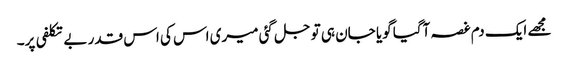
مجھے ایک دم غصہ آگیا گویا جان ہی تو جل گئی میری اس کی اس قدر بے تکلفی پر۔